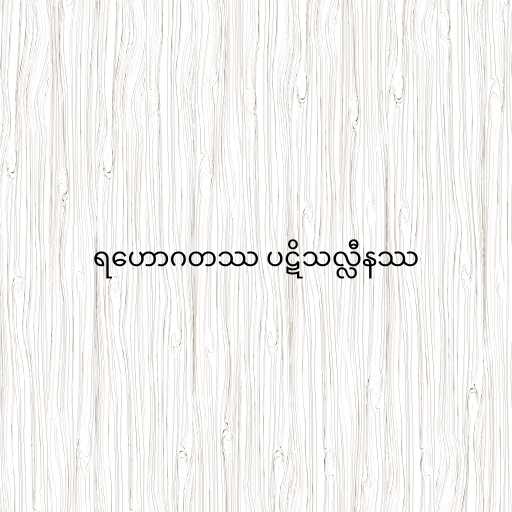
ရဟောဂတဿ ပဋိသလ္လီနဿ